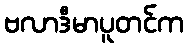
ဗလာဒီမာပူတင်က